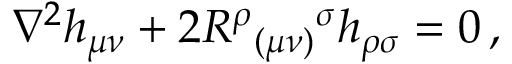
\nabla ^ { 2 } h _ { \mu \nu } + 2 R ^ { \rho } { } _ { ( \mu \nu ) } { } ^ { \sigma } h _ { \rho \sigma } = 0 \, ,